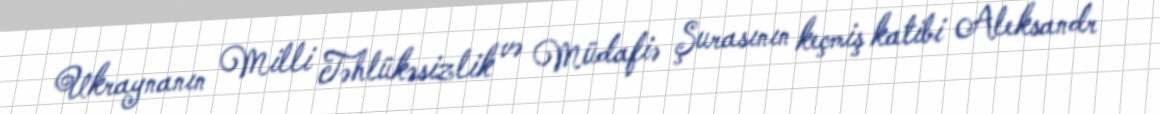
Ukraynanın Milli Təhlükəsizlik və Müdafiə Şurasının keçmiş katibi Aleksandr